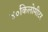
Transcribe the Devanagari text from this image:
४०किलोमीटर